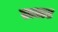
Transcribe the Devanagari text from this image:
ललट